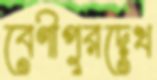
বেণীপুরদেখ